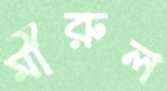
মীরুল